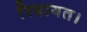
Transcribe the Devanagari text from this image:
रियायत।